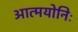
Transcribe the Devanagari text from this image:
आत्मयोनिः